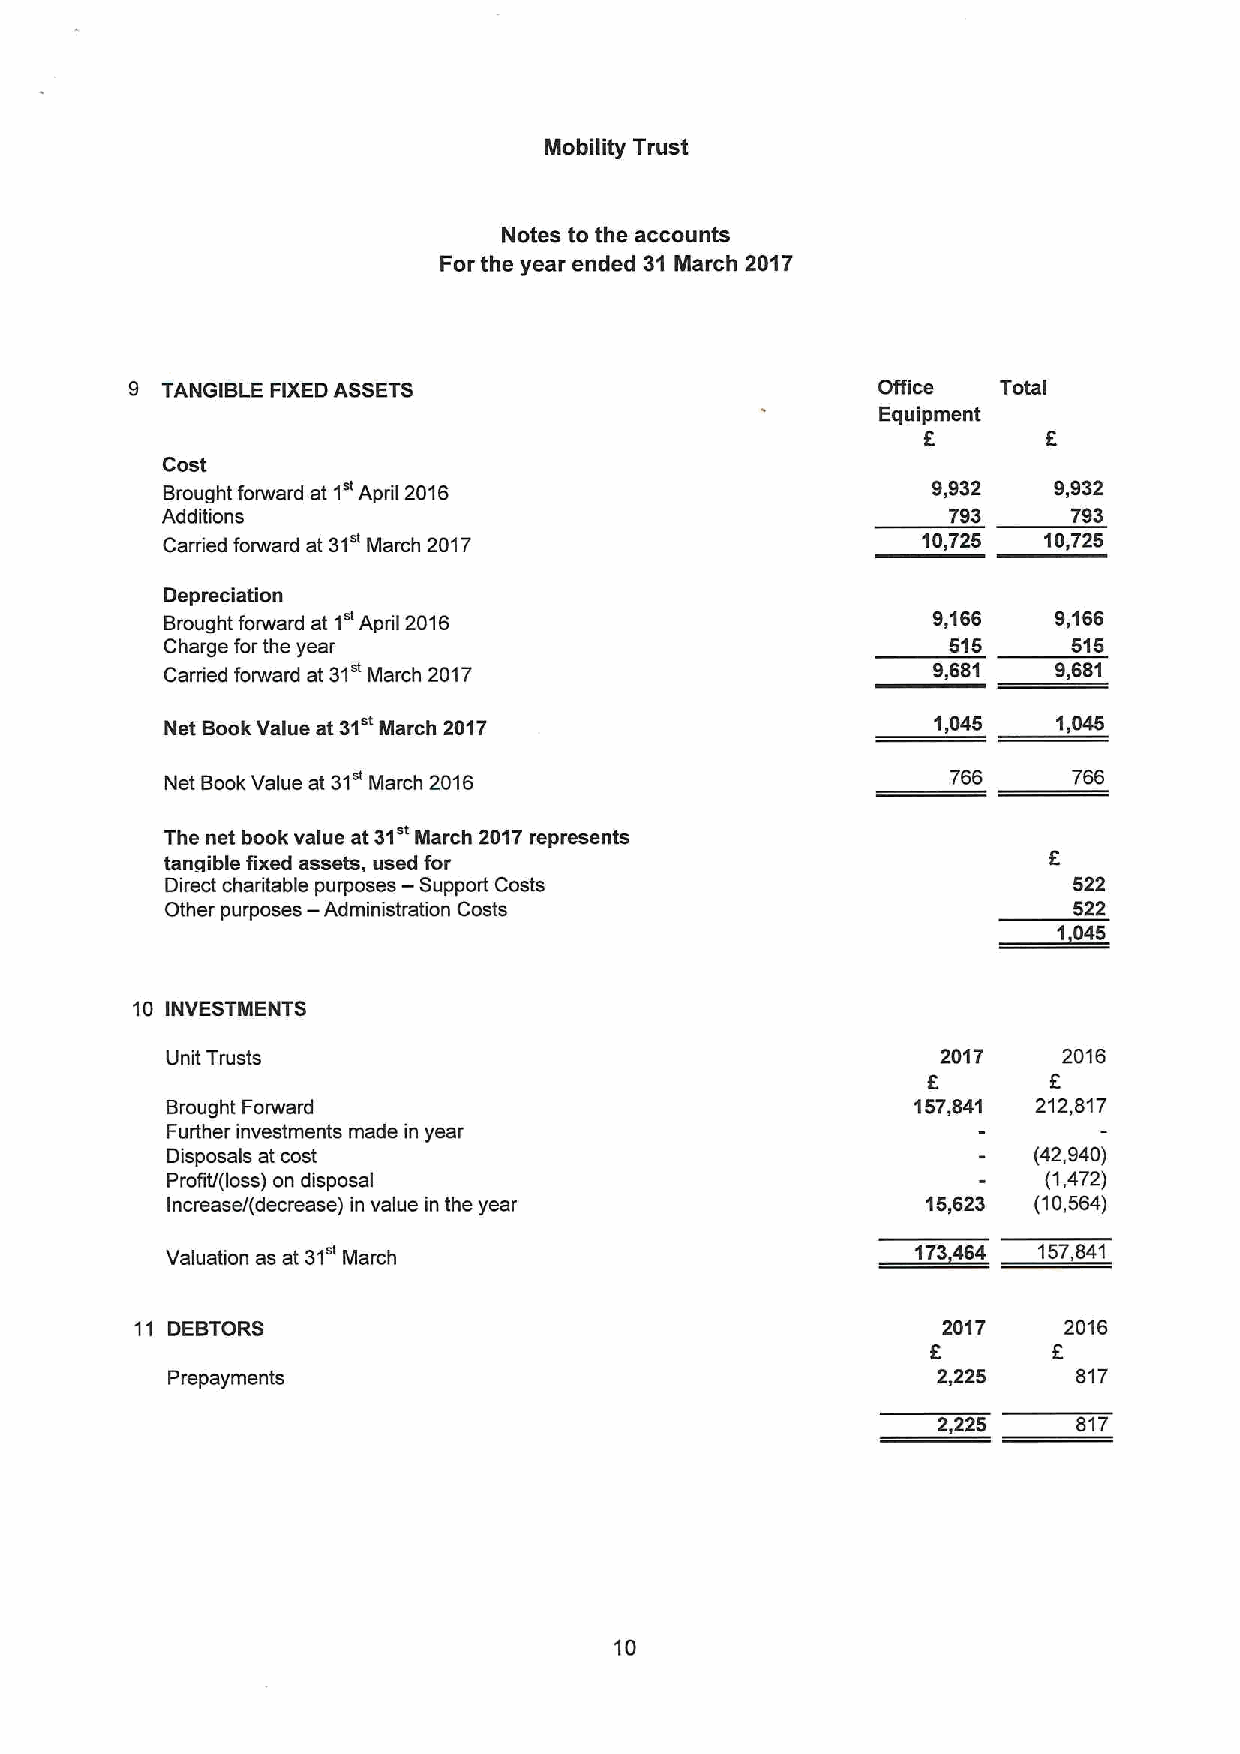
Mobility Trust
 Notes to the accounts
 For the year ended 31 March 2017
 9 TANGIBLE FIXEDASSETS                           Office  Total
 Equipment
 E       E
 Cost
 Brought forward at 1" April 2016                   9,932   9,932
 Additions                                           793     793
 Carried forward at 31" March 2017                 10,725  10,725
 Depreciation
 Brought forward at 1" April 2016                   9,166   9,166
 Charge forthe year                                  515     515
 Carried forward at 31 March 2017                   9,681   9,681
 Net BookValue at 31" March 2017                    1,045   1,045
 Net BookValue at 31 March 2016                      766     766
 31"
 The net book value at March 2017represents
 tanqible fixed assets, used for                           E
 —
 Direct charitable purposes Support Costs                    522
 —
 Other purposes Administration Costs                         522
 1 545
 10 INVESTMENTS
 Unit Trusts                                        2017    2016
 E
 Brought Forward                                   157,841 212,817
 Further investments made in year
 Disposals at cost                                        (42,940)
 Profit/(loss) on disposal                                 (1,472)
 Increase/(decrease) in value in the year          15,623 (10,564)
 Valuation as at 31" March                         173454  157,541
 11 DEBTORS                                           2017    2016
 F
 Prepayments                                        2,225    817
 2,225    817
 10